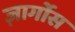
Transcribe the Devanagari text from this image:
ज़ार्गोस